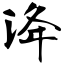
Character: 洚